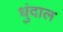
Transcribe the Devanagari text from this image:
धुंदाल